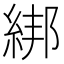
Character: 綁